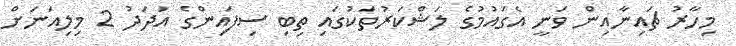
މިހާރު ޗައިނާއިން ވަނީ އެގައުމުގެ ލަޝްކަރުތަކުގައި ތިބި ސިފައިންގެ އަދަދު 2 މިލިއަނަށް